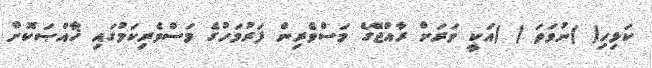
ކަޅިހި( )ނުވަތަ ( )އަކީ ވަރަށް ރާއްޖޭގެ މަސްވެރިން ފަރުމަހުގެ މަސްވެރިކަމުގައި ޚާއްޞަކޮށް